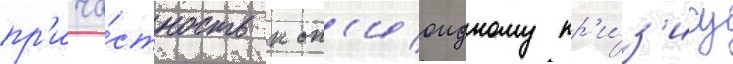
пр'ича́стность к оп'иоидному кр'и́з'ису